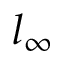
l _ { \infty }